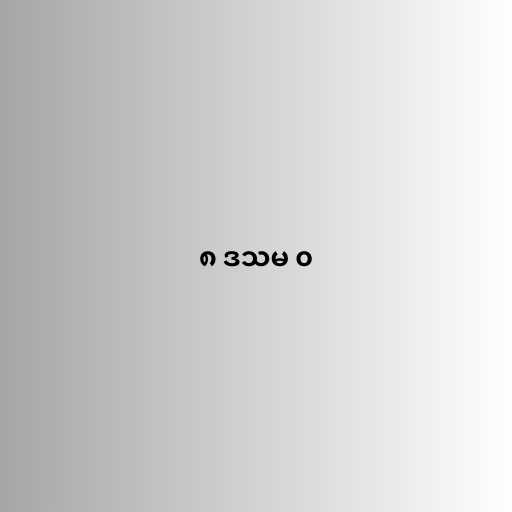
၈ ဒသမ ၀